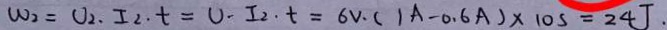
W _ { 2 } = U _ { 2 } \cdot I _ { 2 } \cdot t = U \cdot I _ { 2 } \cdot t = 6 v \cdot ( 1 A - 0 . 6 A ) \times 1 0 s = 2 4 J .